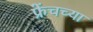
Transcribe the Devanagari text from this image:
फ्रेंचच्या